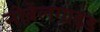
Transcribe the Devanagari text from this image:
नोबेलगाइड